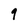
Character: 9